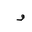
Letter: _waw